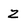
Character: z